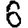
Digit: 6